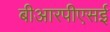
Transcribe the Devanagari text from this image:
बीआरपीएसई